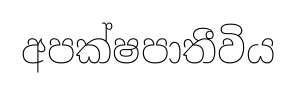
අපක්ෂපාතීවිය